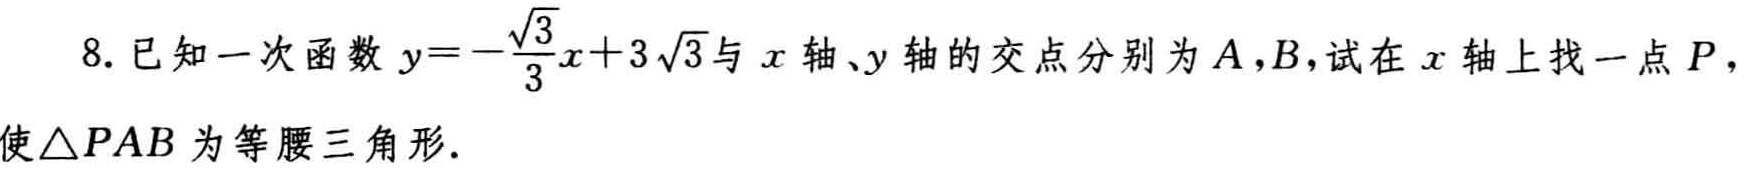
8. 已知一次函数\(y = -\frac{\sqrt{3}}{3}x + 3\sqrt{3}\)与\(x\)轴、\(y\)轴的交点分别为\(A\)，\(B\)，试在\(x\)轴上找一点\(P\)，使\(\triangle PAB\)为等腰三角形.